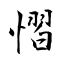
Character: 慴